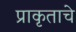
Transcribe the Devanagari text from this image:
प्राकृताचे